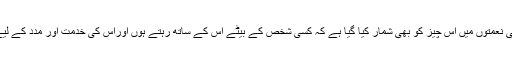
دوسری جگہ قرآن میں اللہ کی نعمتوں میں اس چیز کو بھی شمار کیا گیا ہے کہ کسی شخص کے بیٹے اس کے ساتھ رہتے ہوں اوراس کی خدمت اور مدد کے لیے ہر وقت حاضر رہتے ہوں۔